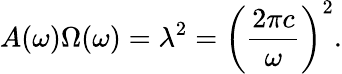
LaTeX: A(\omega)\Omega(\omega)=\lambda^{2}=\left(\frac{2\pi c}{\omega}\right)^{2}.